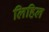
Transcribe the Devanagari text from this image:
लिहिल